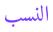
النسب